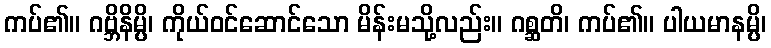
ကပ်၏။ ဂဗ္ဘိနိမ္ပိ၊ ကိုယ်ဝင်ဆောင်သော မိန်းမသို့လည်း။ ဂစ္ဆတိ၊ ကပ်၏။ ပါယမာနမ္ပိ၊